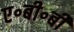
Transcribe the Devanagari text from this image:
ए॰बी॰बी